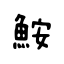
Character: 鮟